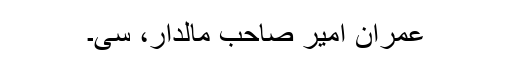
عمران امیر صاحب مالدار، سی۔